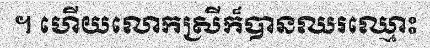
។ ហើយលោកស្រីក៏បានឈរឈ្មោះ